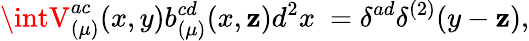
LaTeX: \intV_{(\mu)}^{ac}(x,y)b_{(\mu)}^{cd}(x,\mathbf{z})d^{2}x~=\delta^{ad}\delta^{(2)}(y-\mathbf{z}),